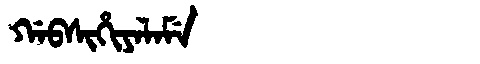
Manchu: ᡤᠠᠪᠰᡳᡥᡳᠶᠠᠯᠠᠮᡝ
Romanization: GABSIHIYALAME